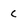
Character: c